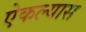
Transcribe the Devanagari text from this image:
ऐकल्यास